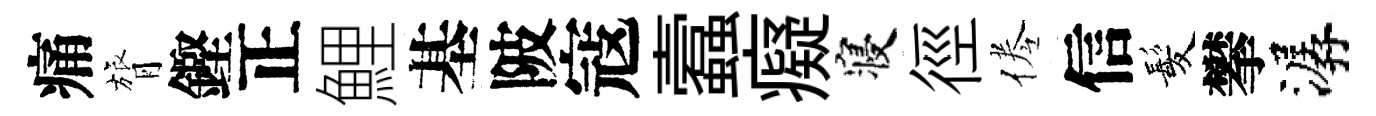
痛膂鏗正鯉基陂寇蠧癡寝徑倦信髪攀潺